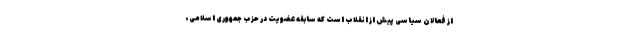
از فعالان سیاسی پیش از انقلاب است که سابقه عضویت در حزب جمهوری اسلامی،